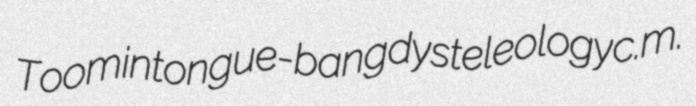
Toomin tongue-bang dysteleology c.m.